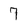
Character: 7